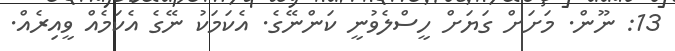
13: ނޫން. މަށަށް ގަޔަށް ހީސްލެވުނީ ކަންނޭގެ. އެކަމަކު ނޭގެ އެކަމެއް ވީއިރެއް.